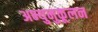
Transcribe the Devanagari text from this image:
अभ्युनुकूलन